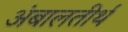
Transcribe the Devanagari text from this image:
अंबालतीर्थ